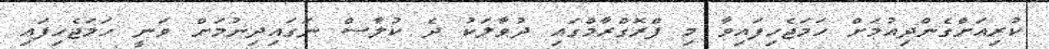
ކުރިއަށްގެންދިއުމަށް ހަމަޖެހިފައިވާ މި ޕްރޮގްރާމްގައި ދުވާލަކު ދެ ކުލާސް ނަގައިދިނުމަށް ވަނީ ހަމަޖެހިފައި